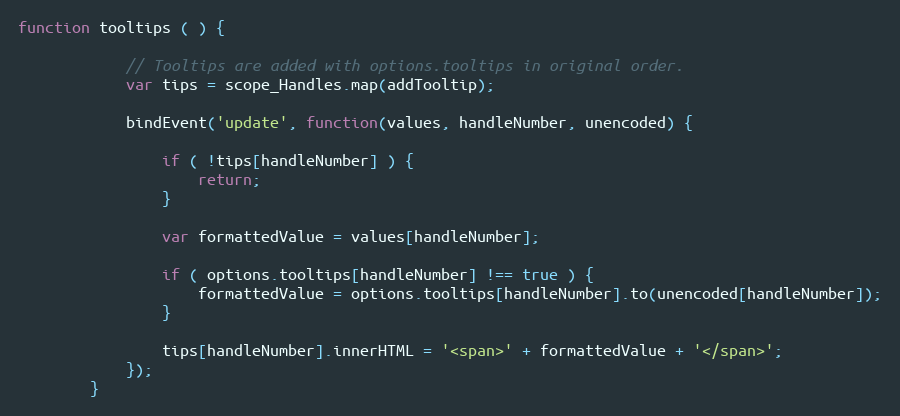
Language: JavaScript
function tooltips ( ) {

            // Tooltips are added with options.tooltips in original order.
            var tips = scope_Handles.map(addTooltip);

            bindEvent('update', function(values, handleNumber, unencoded) {

                if ( !tips[handleNumber] ) {
                    return;
                }

                var formattedValue = values[handleNumber];

                if ( options.tooltips[handleNumber] !== true ) {
                    formattedValue = options.tooltips[handleNumber].to(unencoded[handleNumber]);
                }

                tips[handleNumber].innerHTML = '<span>' + formattedValue + '</span>';
            });
        }